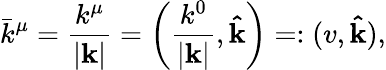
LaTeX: \bar{k}^{\mu}=\frac{k^{\mu}}{|\mathbf{k}|}=\left(\frac{k^{0}}{|\mathbf{k}|},\mathbf{\hat{k}}\right)=:(v,\mathbf{\hat{k}}),